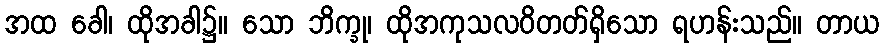
အထ ခေါ၊ ထိုအခါ၌။ သော ဘိက္ခု၊ ထိုအကုသလဝိတတ်ရှိသော ရဟန်းသည်။ တာယ